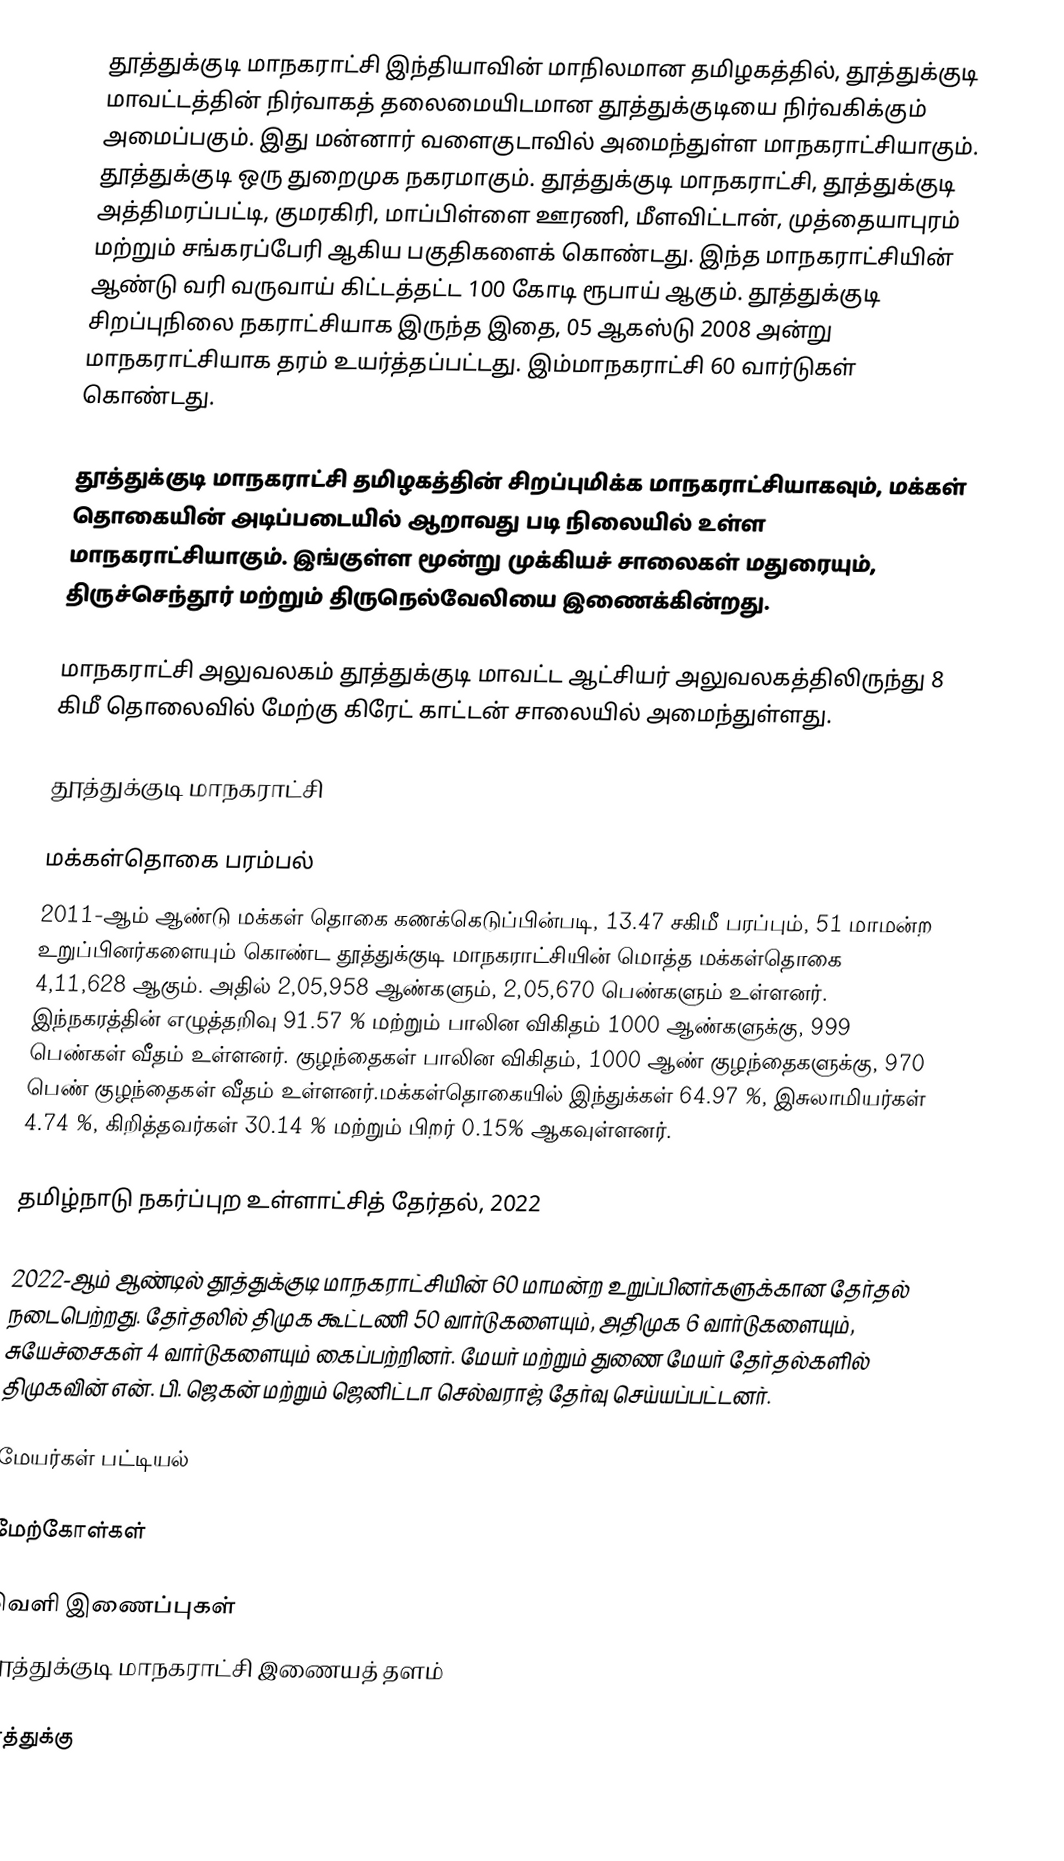
தூத்துக்குடி மாநகராட்சி இந்தியாவின் மாநிலமான தமிழகத்தில், தூத்துக்குடி மாவட்டத்தின் நிர்வாகத் தலைமையிடமான தூத்துக்குடியை நிர்வகிக்கும் அமைப்பகும். இது மன்னார் வளைகுடாவில் அமைந்துள்ள மாநகராட்சியாகும். தூத்துக்குடி ஒரு துறைமுக நகரமாகும். தூத்துக்குடி மாநகராட்சி, தூத்துக்குடி அத்திமரப்பட்டி, குமரகிரி, மாப்பிள்ளை ஊரணி, மீளவிட்டான், முத்தையாபுரம் மற்றும் சங்கரப்பேரி ஆகிய பகுதிகளைக் கொண்டது. இந்த மாநகராட்சியின் ஆண்டு வரி வருவாய் கிட்டத்தட்ட 100 கோடி ரூபாய் ஆகும். தூத்துக்குடி சிறப்புநிலை நகராட்சியாக இருந்த இதை, 05 ஆகஸ்டு 2008 அன்று மாநகராட்சியாக தரம் உயர்த்தப்பட்டது. இம்மாநகராட்சி 60 வார்டுகள் கொண்டது.

தூத்துக்குடி மாநகராட்சி தமிழகத்தின் சிறப்புமிக்க மாநகராட்சியாகவும், மக்கள் தொகையின் அடிப்படையில் ஆறாவது படி நிலையில் உள்ள மாநகராட்சியாகும். இங்குள்ள மூன்று முக்கியச் சாலைகள் மதுரையும், திருச்செந்தூர் மற்றும் திருநெல்வேலியை இணைக்கின்றது.

மாநகராட்சி அலுவலகம்  தூத்துக்குடி மாவட்ட ஆட்சியர் அலுவலகத்திலிருந்து 8 கிமீ  தொலைவில்  மேற்கு கிரேட் காட்டன் சாலையில் அமைந்துள்ளது.

தூத்துக்குடி மாநகராட்சி

மக்கள்தொகை பரம்பல்
2011-ஆம் ஆண்டு மக்கள் தொகை கணக்கெடுப்பின்படி, 13.47 சகிமீ பரப்பும், 51 மாமன்ற உறுப்பினர்களையும் கொண்ட  தூத்துக்குடி மாநகராட்சியின் மொத்த மக்கள்தொகை  4,11,628 ஆகும். அதில்  2,05,958 ஆண்களும்,  2,05,670 பெண்களும் உள்ளனர்.   இந்நகரத்தின் எழுத்தறிவு 91.57 % மற்றும் பாலின விகிதம் 1000 ஆண்களுக்கு, 999 பெண்கள் வீதம் உள்ளனர். குழந்தைகள் பாலின விகிதம், 1000 ஆண் குழந்தைகளுக்கு, 970 பெண் குழந்தைகள் வீதம் உள்ளனர்.மக்கள்தொகையில் இந்துக்கள்  64.97 %, இசுலாமியர்கள் 4.74 %, கிறித்தவர்கள் 30.14 % மற்றும் பிறர் 0.15% ஆகவுள்ளனர்.

தமிழ்நாடு நகர்ப்புற உள்ளாட்சித் தேர்தல், 2022

2022-ஆம் ஆண்டில் தூத்துக்குடி  மாநகராட்சியின் 60 மாமன்ற உறுப்பினர்களுக்கான தேர்தல் நடைபெற்றது. தேர்தலில் திமுக கூட்டணி 50 வார்டுகளையும், அதிமுக 6 வார்டுகளையும், சுயேச்சைகள் 4 வார்டுகளையும் கைப்பற்றினர். மேயர் மற்றும் துணை மேயர் தேர்தல்களில் திமுகவின் என். பி. ஜெகன் மற்றும் ஜெனிட்டா செல்வராஜ் தேர்வு செய்யப்பட்டனர்.

மேயர்கள் பட்டியல்

மேற்கோள்கள்

வெளி இணைப்புகள்
 தூத்துக்குடி மாநகராட்சி இணையத் தளம்

தூத்துக்கு